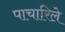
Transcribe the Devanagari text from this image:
पाचारिले